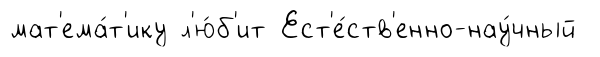
мат'ема́т'ику л'ю́б'ит Ест'е́ств'енно-нау́чный